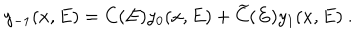
y _ { - 1 } ( x , E ) = C ( E ) y _ { 0 } ( x , E ) + \widetilde C ( E ) y _ { 1 } ( x , E ) ~ .